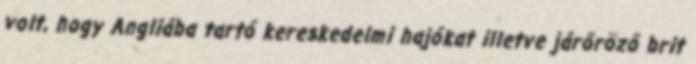
volt, hogy Angliába tartó kereskedelmi hajókat illetve járőröző brit